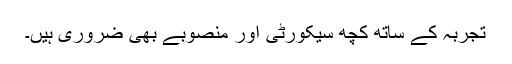
تجربہ کے ساتھ کچھ سیکورٹی اور منصوبے بھی ضروری ہیں۔